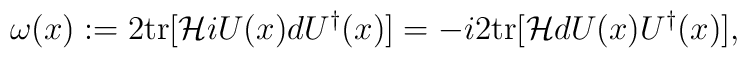
\omega(x) := 2{\rm tr}[{\cal H} i U(x) d U^\dagger(x)] = -  i2{\rm tr}[{\cal H}dU(x)U^\dagger(x)] ,